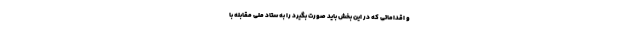
و اقداماتی که در این بخش باید صورت بگیرد را به ستاد ملی مقابله با